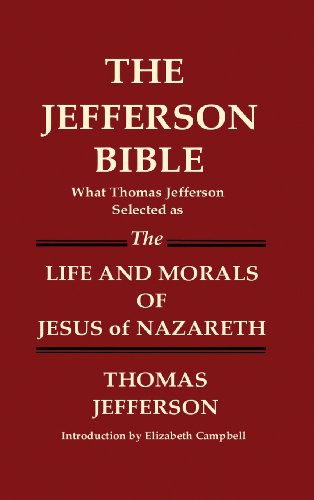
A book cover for THE JEFFERSON BIBLE What Thomas Jefferson Selected as THE LIFE AND MORALS OF JESUS OF NAZARETH; Thomas Jefferson; Religion & Spirituality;